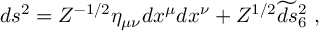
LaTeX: d s ^ { 2 } = Z ^ { - 1 / 2 } \eta _ { \mu \nu } d x ^ { \mu } d x ^ { \nu } + Z ^ { 1 / 2 } \widetilde { d s } { } _ { 6 } ^ { 2 } \ ,